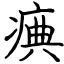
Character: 痶